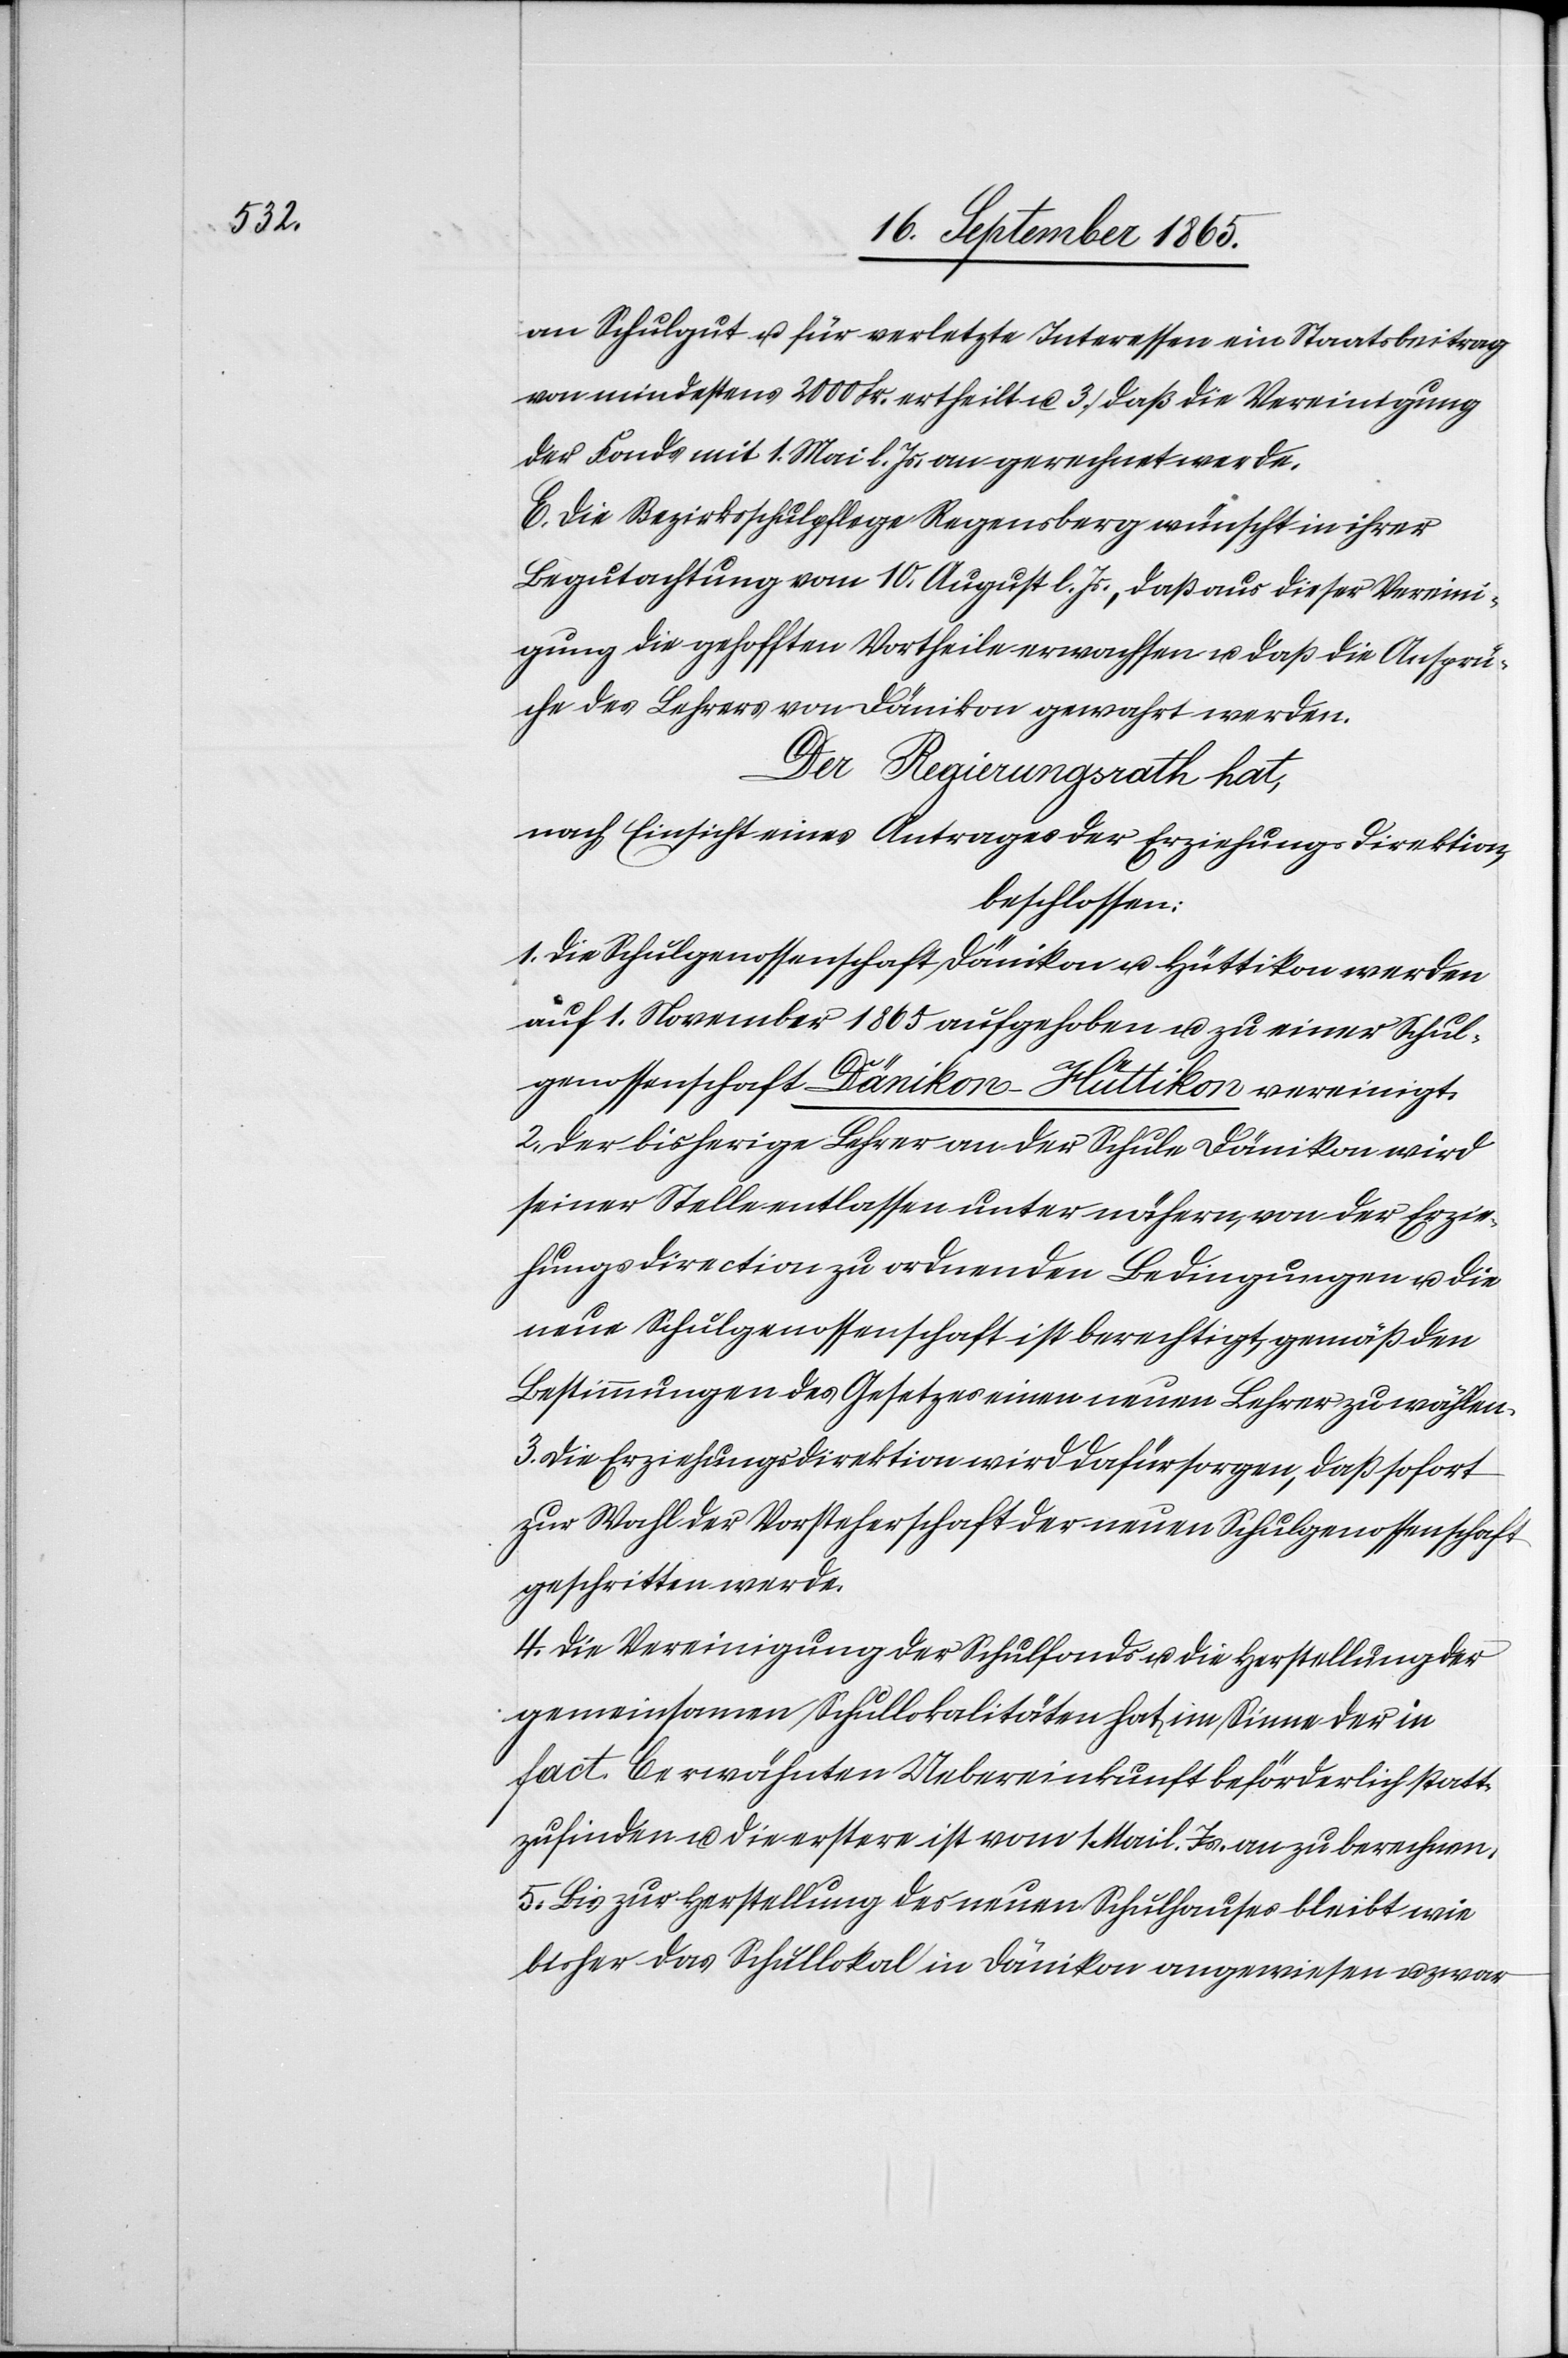
an Schulgut u. für verletzte Interessen ein Staatsbeitrag
von mindestens 2000 Fr. ertheilt u. 3. daß die Vereinigung
der Fonds mit 1. Mai l. Js. an gerechnet werde.
E. Die Bezirksschulpflege Regensberg wünscht in ihrer
Begutachtung vom 10. August l. Js., daß aus dieser Vereini¬
gung die gehofften Vortheile erwachsen u. daß die Ansprü¬
che des Lehrers von Dänikon gewahrt werden.
Der Regierungsrath hat,
nach Einsicht eines Antrages der Erziehungsdirektion,
beschlossen:
1. Die Schulgenossenschaft Dänikon u. Hüttikon werden
auf 1. November 1865 aufgehoben u. zu einer Schul¬
genossenschaft Dänikon-Hüttikon vereinigt.
2. Der bisherige Lehrer an der Schule Dänikon wird
seiner Stelle entlassen unter nähern, von der Erzie¬
hungsdirection zu ordnenden Bedingungen u. die
neue Schulgenossenschaft ist berechtigt, gemäß den
Bestimmungen des Gesetzes einen neuen Lehrer zu wählen.
3. Die Erziehungsdirektion wird dafür sorgen, daß sofort
zur Wahl der Vorsteherschaft der neuen Schulgenossenschaft
geschritten werde.
4. Die Vereinigung der Schulfonds u. die Herstellung der
gemeinsamen Schullokalitäten hat im Sinne der in
fact. C erwähnten Uebereinkunft beförderlich statt¬
zufinden u. die erstere ist vom 1. Mai l. Js. an zu berechnen.
5. Bis zur Herstellung des neuen Schulhauses bleibt wie
bisher das Schullokal in Dänikon angewiesne u. zwar